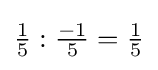
{\tfrac {1}{5}}:{\tfrac {-1}{5}}={\tfrac {1}{5}}